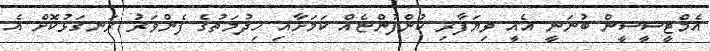
އެމްޓީސީސީން ބުނަނީ އެއީ ވިޔަފާރި ކުންފުންޏެއް ކަމަށާއި ހިދުމަތުގެ ފެންވަރު ރަނގަޅުކޮށް އެ